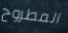
المطروح